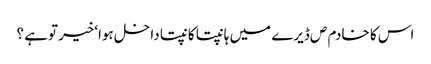
اس کا خادم ص ڈیرے میں ہانپتا کانپتا داخل ہوا‘خیر توہے ؟